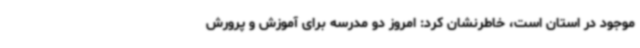
موجود در استان است، خاطرنشان کرد: امروز دو مدرسه برای آموزش و پرورش